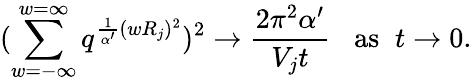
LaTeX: (\sum_{w=-\infty}^{w=\infty}q^{\frac{1}{\alpha^{\prime}}(wR_{j})^{2}})^{2}\rightarrow\frac{2\pi^{2}\alpha^{\prime}}{V_{j}t}\; \; \; \mathrm{as}\; \; t\rightarrow 0.